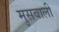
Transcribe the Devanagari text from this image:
मुसवाली